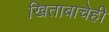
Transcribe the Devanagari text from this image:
खिताबाचेही